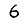
Digit: 6